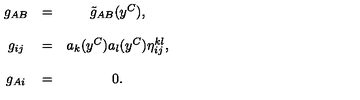
\begin{array} { c c c } { g _ { A B } } & { = } & { \tilde { g } _ { A B } ( y ^ { C } ) , } \\ { } & { } & { } \\ { g _ { i j } } & { = } & { a _ { k } ( y ^ { C } ) a _ { l } ( y ^ { C } ) \eta _ { i j } ^ { k l } , } \\ { } & { } & { } \\ { g _ { A i } } & { = } & { 0 . } \\ \end{array}